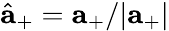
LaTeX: \hat{{\mathbf a}}_{+}={\mathbf a}_{+}/|{\mathbf a}_{+}|